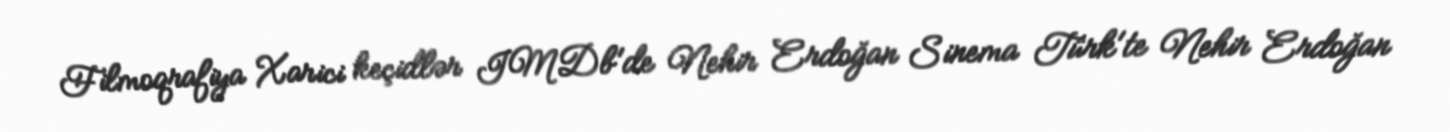
Filmoqrafiya Xarici keçidlər IMDb'de Nehir Erdoğan Sinema Türk'te Nehir Erdoğan